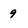
Character: 9